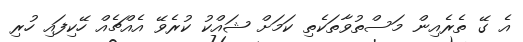
އެ ގޭ ތެރެއިން މަސްތުވާތަކެތި ކަމަށް ޝައްކު ކުރެވޭ އެއްޗެއް ހޭކިފައި ހުރި